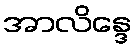
အာလိန္ဒေ